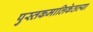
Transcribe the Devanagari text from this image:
पुस्तकमालिकेतल्या